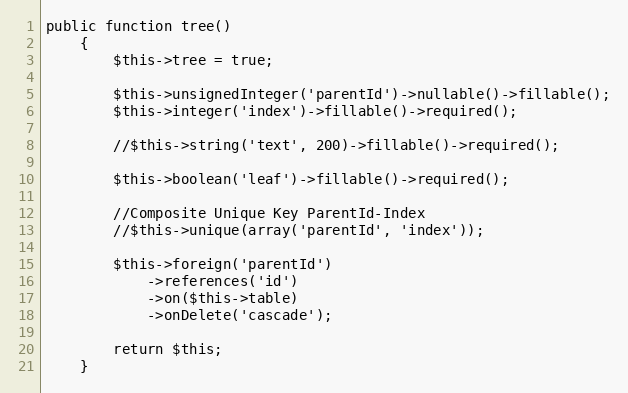
Language: PHP
public function tree()
    {
        $this->tree = true;

        $this->unsignedInteger('parentId')->nullable()->fillable();
        $this->integer('index')->fillable()->required();

        //$this->string('text', 200)->fillable()->required();

        $this->boolean('leaf')->fillable()->required();

        //Composite Unique Key ParentId-Index
        //$this->unique(array('parentId', 'index'));

        $this->foreign('parentId')
            ->references('id')
            ->on($this->table)
            ->onDelete('cascade');

        return $this;
    }